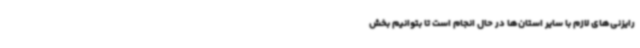
رایزنی‌های لازم با سایر استان‌ها در حال انجام است تا بتوانیم بخش